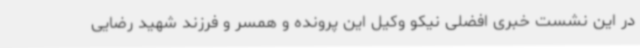
در این نشست خبری افضلی نیکو وکیل این پرونده و همسر و فرزند شهید رضایی